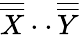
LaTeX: \overline{{\overline{{X}}}}\cdot\cdot\, \overline{{\overline{{Y}}}}